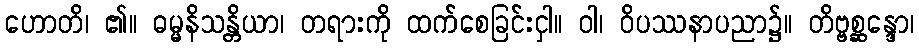
ဟောတိ၊ ၏။ ဓမ္မနိသန္တိယာ၊ တရားကို ထက်စေခြင်းငှါ။ ဝါ၊ ဝိပဿနာပညာ၌။ တိဗ္ဗစ္ဆန္ဒော၊